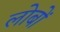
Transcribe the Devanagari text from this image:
लोबों